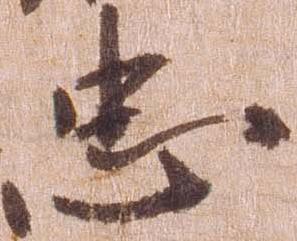
忠